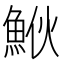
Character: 𩶻